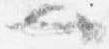
也